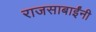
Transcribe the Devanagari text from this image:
राजसाबाईंनी